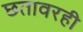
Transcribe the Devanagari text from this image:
छतावरही